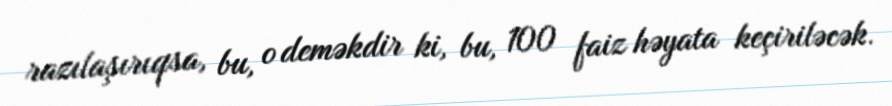
razılaşırıqsa, bu, o deməkdir ki, bu, 100 faiz həyata keçiriləcək.